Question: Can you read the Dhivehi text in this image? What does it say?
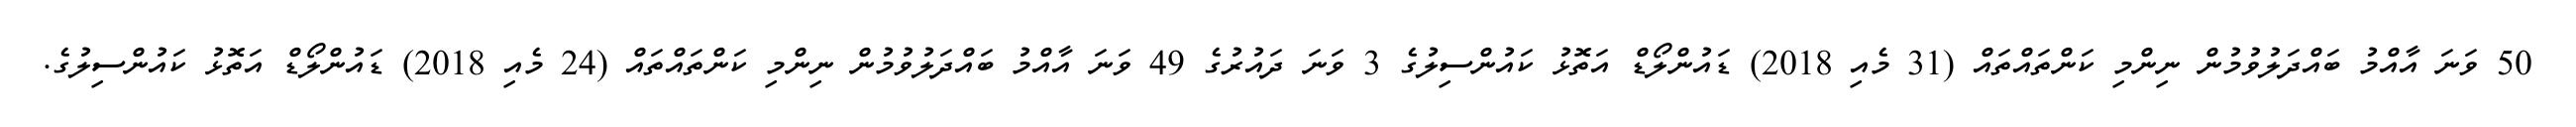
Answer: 50 ވަނަ އާއްމު ބައްދަލުވުމުން ނިންމި ކަންތައްތައް (31 މެއި 2018) ޑައުންލޯޑް އަތޮޅު ކައުންސިލުގެ 3 ވަނަ ދައުރުގެ 49 ވަނަ އާއްމު ބައްދަލުވުމުން ނިންމި ކަންތައްތައް (24 މެއި 2018) ޑައުންލޯޑް އަތޮޅު ކައުންސިލުގެ.